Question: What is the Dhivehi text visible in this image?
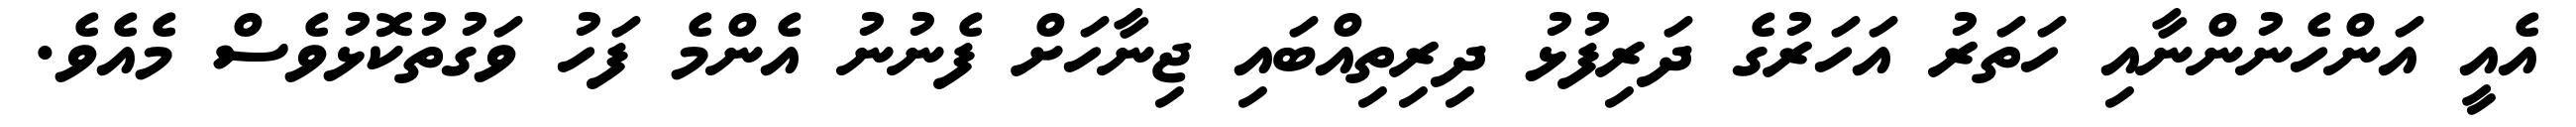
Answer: އެއީ އަންހެނުންނާއި ހަތަރު އަހަރުގެ ދަރިފުޅު ދިރިތިއްބައި ޖިނާހަށް ފެނުނު އެންމެ ފަހު ވަގުތުކޮޅުވެސް މެއެވެ.